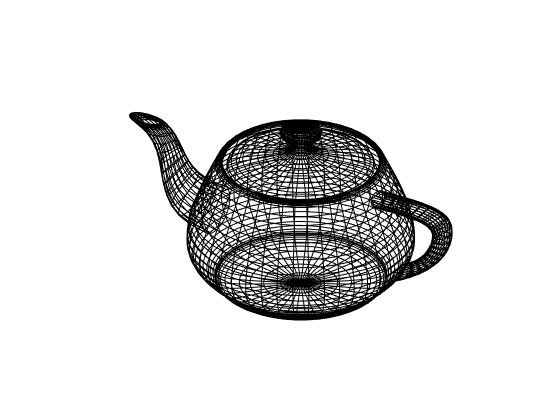
matlab, patch, axis